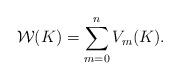
LaTeX: \begin{align*}\mathcal{W}(K) = \sum_{m=0}^n V_m(K).\end{align*}